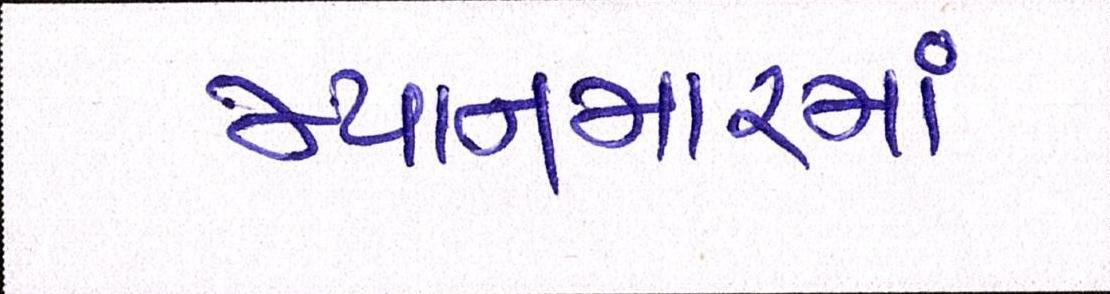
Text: મ્યાનમારમાં